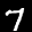
Label: 7